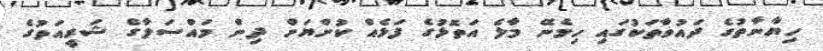
ހިޔާނާތުގެ ދައުވާތަކުގައި ހިމެނޭ މާލެ އަތޮޅުގެ ފަޅެއް ކުށްޔަށް ދިން މައްސަލާގެ ޝަރީއަތުގެ